Civil Veterinary Dept. Bombay admin report 1923-31 - 1923-1931
Year: 1923
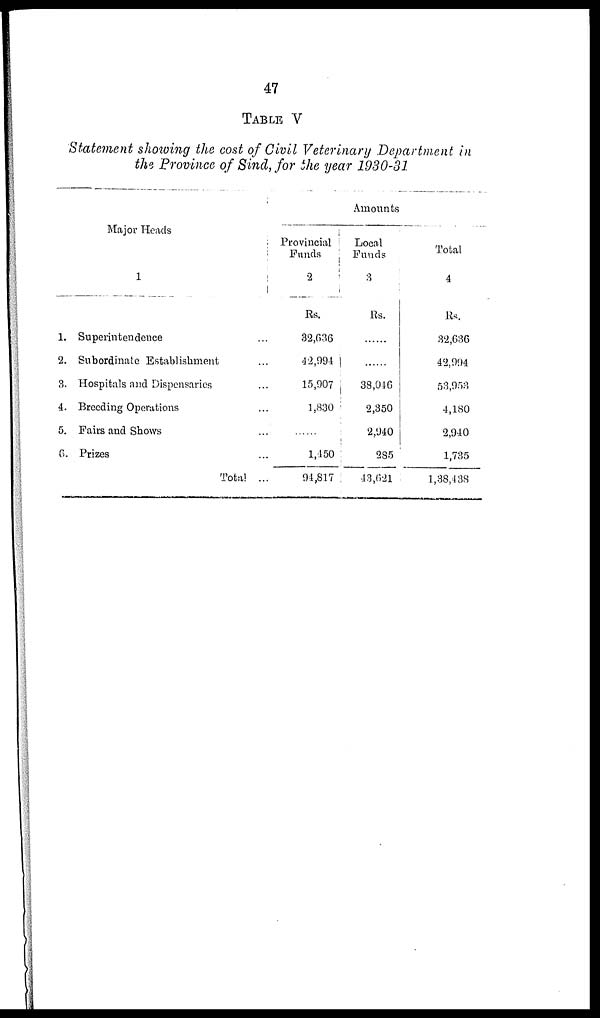
47
TABLE V
Statement showing the cost of Civil Veterinary Department in
the Province of Sind, for the year 1930-31
Major Heads
1
1. Superintendence ...
2. Subordinate Establishment ...
3. Hospitals and Dispensaries ...
4. Breeding Operations ...
5. Fairs and Shows ...
8. Prizes ...
Total ...
Amounts
Provincial
Funds
2
Rs.
32,636
42,994
15,907
1,830
......
1,450
94,817
Local
Funds
3
Rs.
......
......
88,046
2,350
2,940
285
43,621
Total
4
Rs.
32,636
42,994
53,953
4,180
2,940
1,735
1,38,438